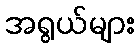
အရွယ်များ